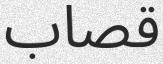
قصاب